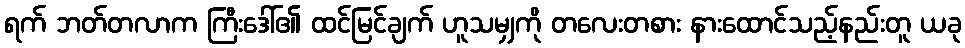
ရက် ဘတ်တလာက ကြီးဒေါ်၏ ထင်မြင်ချက် ဟူသမျှကို တလေးတစား နားထောင်သည့်နည်းတူ ယခု